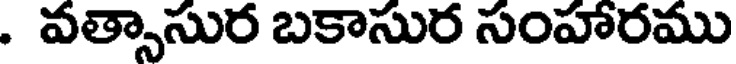
. వత్సాసుర బకాసుర సంహారము